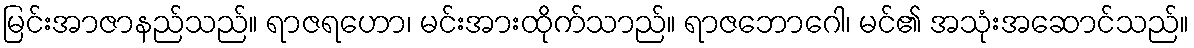
မြင်းအာဇာနည်သည်။ ရာဇရဟော၊ မင်းအားထိုက်သာည်။ ရာဇဘောဂေါ၊ မင်၏ အသုံးအဆောင်သည်။